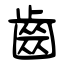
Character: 齒